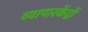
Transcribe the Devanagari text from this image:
व्यापारकेंद्रों